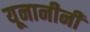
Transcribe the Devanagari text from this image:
यूनानीनीं